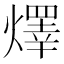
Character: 燡